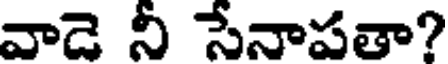
వాడె నీ సేనాపతా?